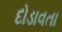
દોડાવતા